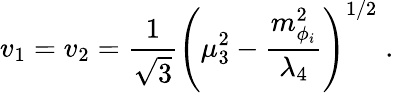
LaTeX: v_{1}=v_{2}=\frac{1}{\sqrt{3}}\left(\mu_{3}^{2}-\frac{m_{\phi_{i}}^{2}}{\lambda_{4}}\right)^{1/2}\; .